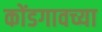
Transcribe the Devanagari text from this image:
कोंडगावच्या